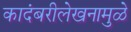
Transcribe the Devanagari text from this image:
कादंबरीलेखनामुळे